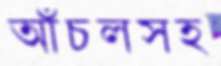
আঁচলসহ